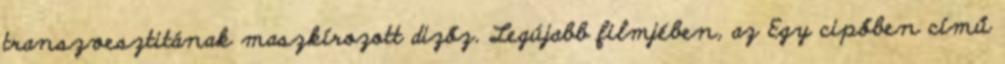
transzvesztitának maszkírozott dizőz. Legújabb filmjében, az Egy cipőben című